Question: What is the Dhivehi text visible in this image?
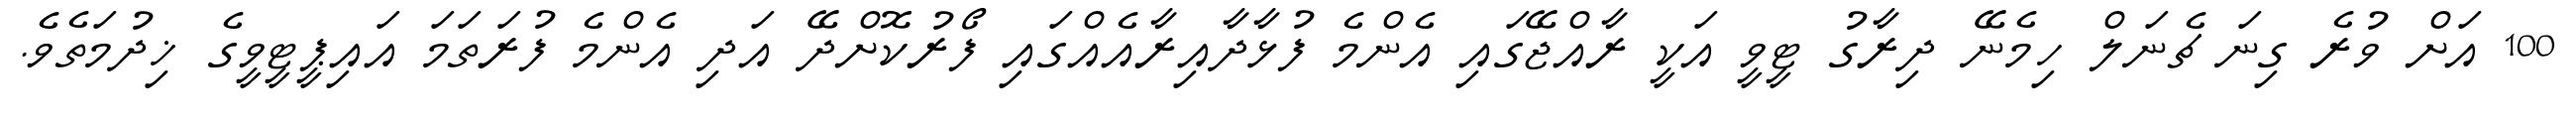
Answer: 100 އަށް ވުރެ ގިނަ ޗެނަލް ހިމެނޭ ދިރާގު ޓީވީ އަކީ ރާއްޖޭގައި އެންމެ ފުޅާދާއިރާއެއްގައި ފޯރުކޮށްދޭ އަދި އެންމެ ފުރަތަމަ އައިޕީޓީވީގެ ޚިދުމަތެވެ.